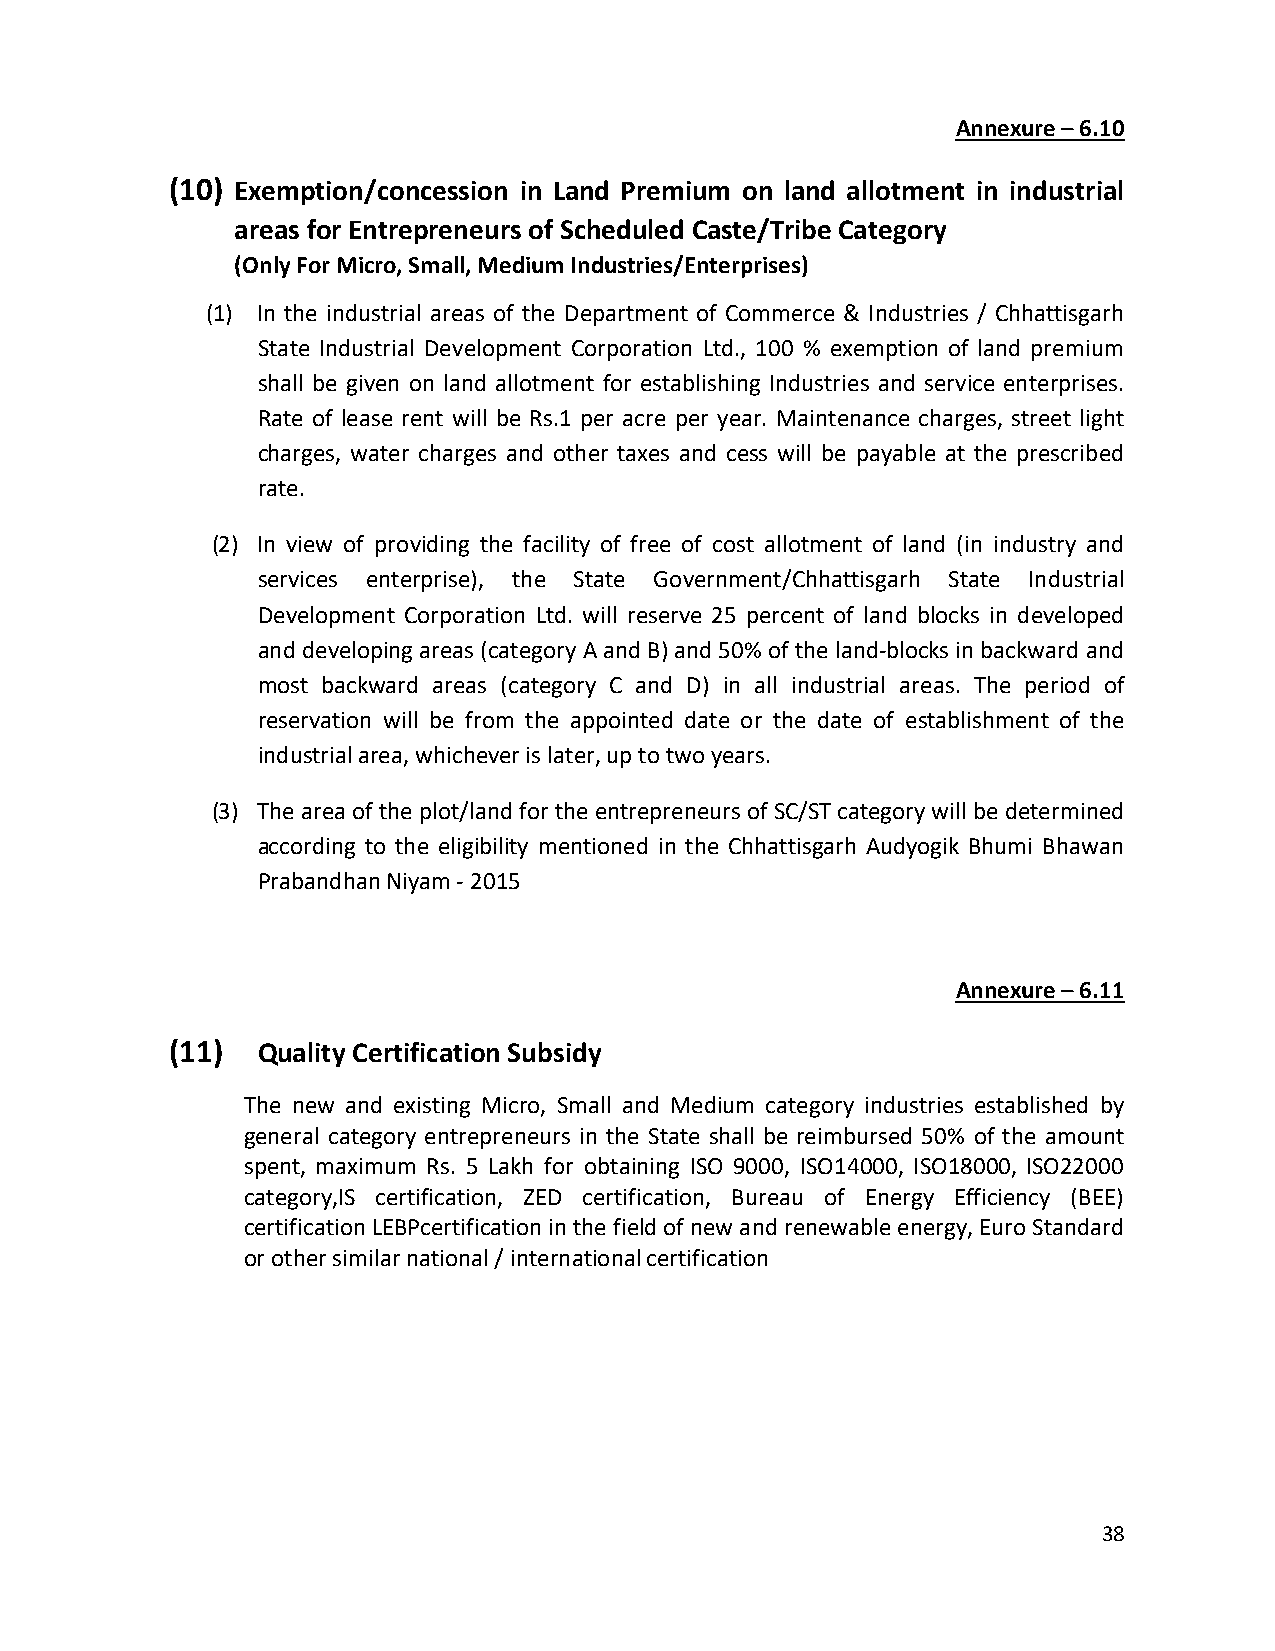
Annexure – 6.10
 (10) Exemption/concession in Land Premium on land allotment in industrial
 areas for Entrepreneurs of Scheduled Caste/Tribe Category
 (Only For Micro, Small, Medium Industries/Enterprises)
 (1) In the industrial areas of the Department of Commerce & Industries / Chhattisgarh
 State Industrial Development Corporation Ltd., 100 % exemption of land premium
 shall be given on land allotment for establishing Industries and service enterprises.
 Rate of lease rent will be Rs.1 per acre per year. Maintenance charges, street light
 charges, water charges and other taxes and cess will be payable at the prescribed
 rate.
 (2) In view of providing the facility of free of cost allotment of land (in industry and
 services enterprise), the State Government/Chhattisgarh State Industrial
 Development Corporation Ltd. will reserve 25 percent of land blocks in developed
 and developing areas (category A and B) and 50% of the land-blocks in backward and
 most backward areas (category C and D) in all industrial areas. The period of
 reservation will be from the appointed date or the date of establishment of the
 industrial area, whichever is later, up to two years.
 (3) The area of the plot/land for the entrepreneurs of SC/ST category will be determined
 according to the eligibility mentioned in the Chhattisgarh Audyogik Bhumi Bhawan
 Prabandhan Niyam - 2015
 Annexure – 6.11
 (11)  Quality Certification Subsidy
 The new and existing Micro, Small and Medium category industries established by
 general category entrepreneurs in the State shall be reimbursed 50% of the amount
 spent, maximum Rs. 5 Lakh for obtaining ISO 9000, ISO14000, ISO18000, ISO22000
 category,IS certification, ZED certification, Bureau of Energy Efficiency (BEE)
 certification LEBPcertification in the field of new and renewable energy, Euro Standard
 or other similar national / international certification
 38